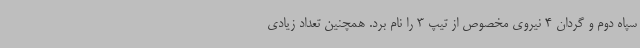
سپاه دوم و گردان 4 نیروی مخصوص از تیپ 3 را نام برد. همچنین تعداد زیادی